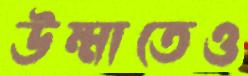
উম্মাতেও